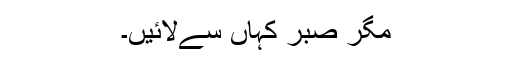
مگر صبر کہاں سےلائیں۔